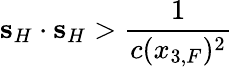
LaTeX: {\mathbf s}_{H}\cdot{\mathbf s}_{H}>\frac{1}{c(x_{3,F})^{2}}